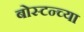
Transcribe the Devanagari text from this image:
बोस्टन्च्या